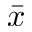
\Bar { x }